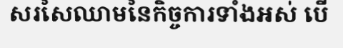
សរសៃឈាមនៃកិច្ចការទាំងអស់ បើ